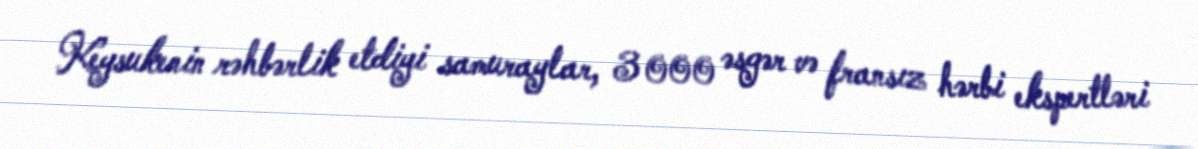
Keysukenin rəhbərlik etdiyi samuraylar, 3 000 əsgər və fransız hərbi ekspertləri